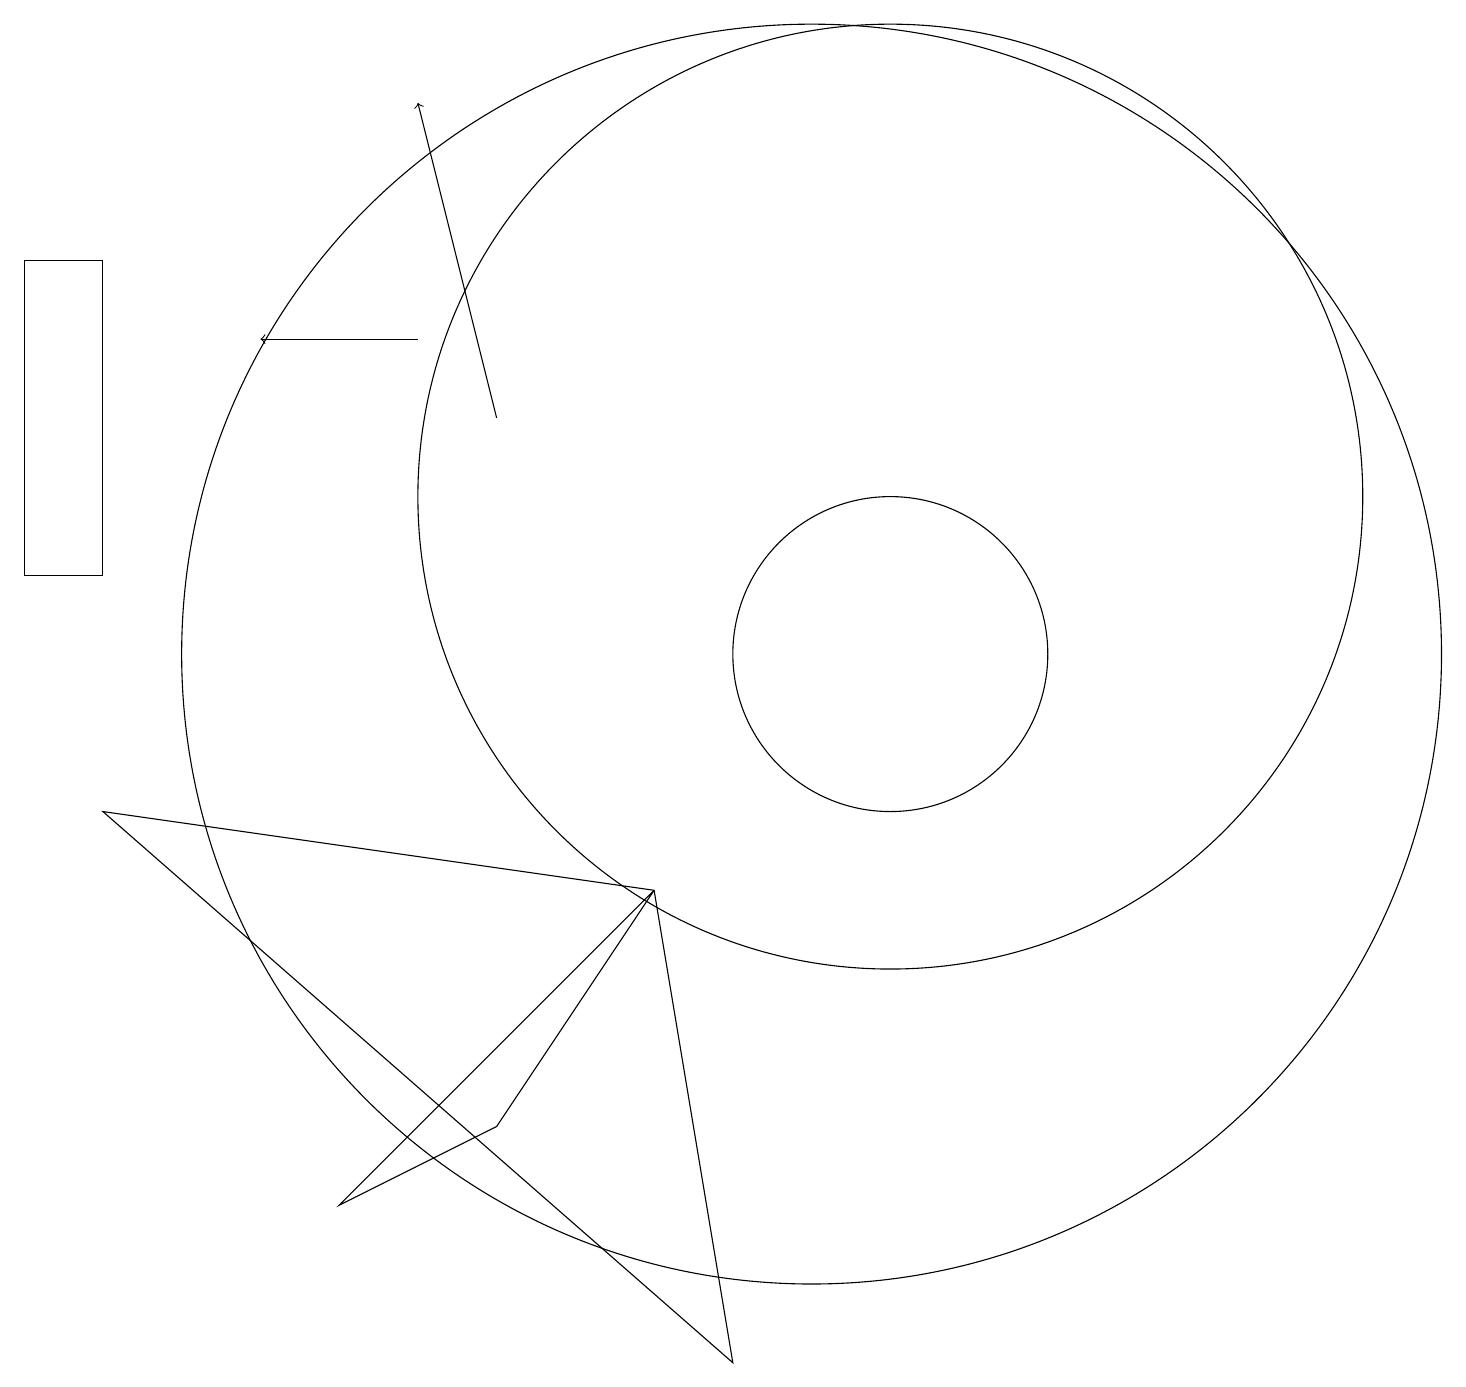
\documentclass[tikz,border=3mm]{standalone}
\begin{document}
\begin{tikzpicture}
\draw (11,12) circle (6);
\draw[->] (5,14) -- (3,14);
\draw (11,10) circle (2);
\draw (0,15) rectangle (1,11);
\draw[->] (6,13) -- (5,17);
\draw (4,3) -- (6,4) -- (8,7) -- cycle;
\draw (10,10) circle (8);
\draw (1,8) -- (8,7) -- (9,1) -- cycle;
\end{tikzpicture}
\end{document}